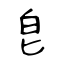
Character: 皀